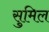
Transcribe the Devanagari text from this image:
सुमिल